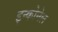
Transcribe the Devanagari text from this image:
इन्कोनेल